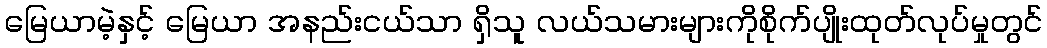
မြေယာမဲ့နှင့် မြေယာ အနည်းငယ်သာ ရှိသူ လယ်သမားများကိုစိုက်ပျိုးထုတ်လုပ်မှုတွင်